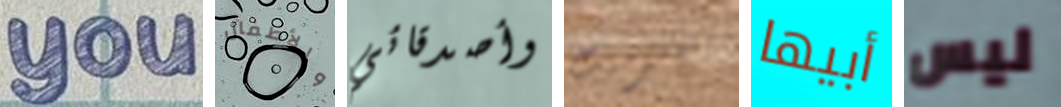
you والأطفال وأصدقائي كيرميت أبيها ليس